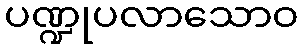
ပဏ္ဍုပလာသောဝ